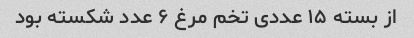
از بسته ۱۵ عددی تخم مرغ ۶ عدد شکسته بود